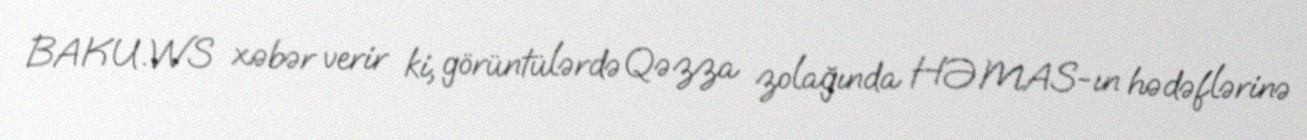
BAKU.WS xəbər verir ki, görüntülərdə Qəzza zolağında HƏMAS-ın hədəflərinə